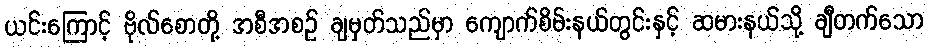
ယင်းကြောင့် ဗိုလ်စောတို့ အစီအစဉ် ချမှတ်သည်မှာ ကျောက်စိမ်းနယ်တွင်းနှင့် ဆမားနယ်သို့ ချီတက်သော